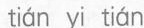
tián yi tián